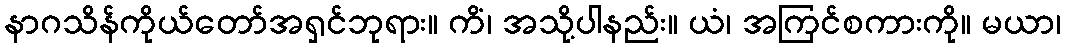
နာဂသိန်ကိုယ်တော်အရှင်ဘုရား။ ကိံ၊ အသို့ပါနည်း။ ယံ၊ အကြင်စကားကို။ မယာ၊